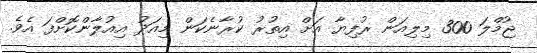
ޖުމްލަ 300 މިލިއަން ރުފިޔާ އަށް އިތުރު ކުރާނެކަން މިއަދު އިއުލާންކޮށްފަ އެވެ.